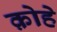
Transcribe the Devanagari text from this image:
क़ोहे